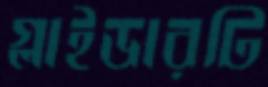
গ্লাইডারটি